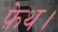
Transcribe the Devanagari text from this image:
फ़ेथ।